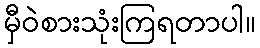
မှီဝဲစားသုံးကြရတာပါ။